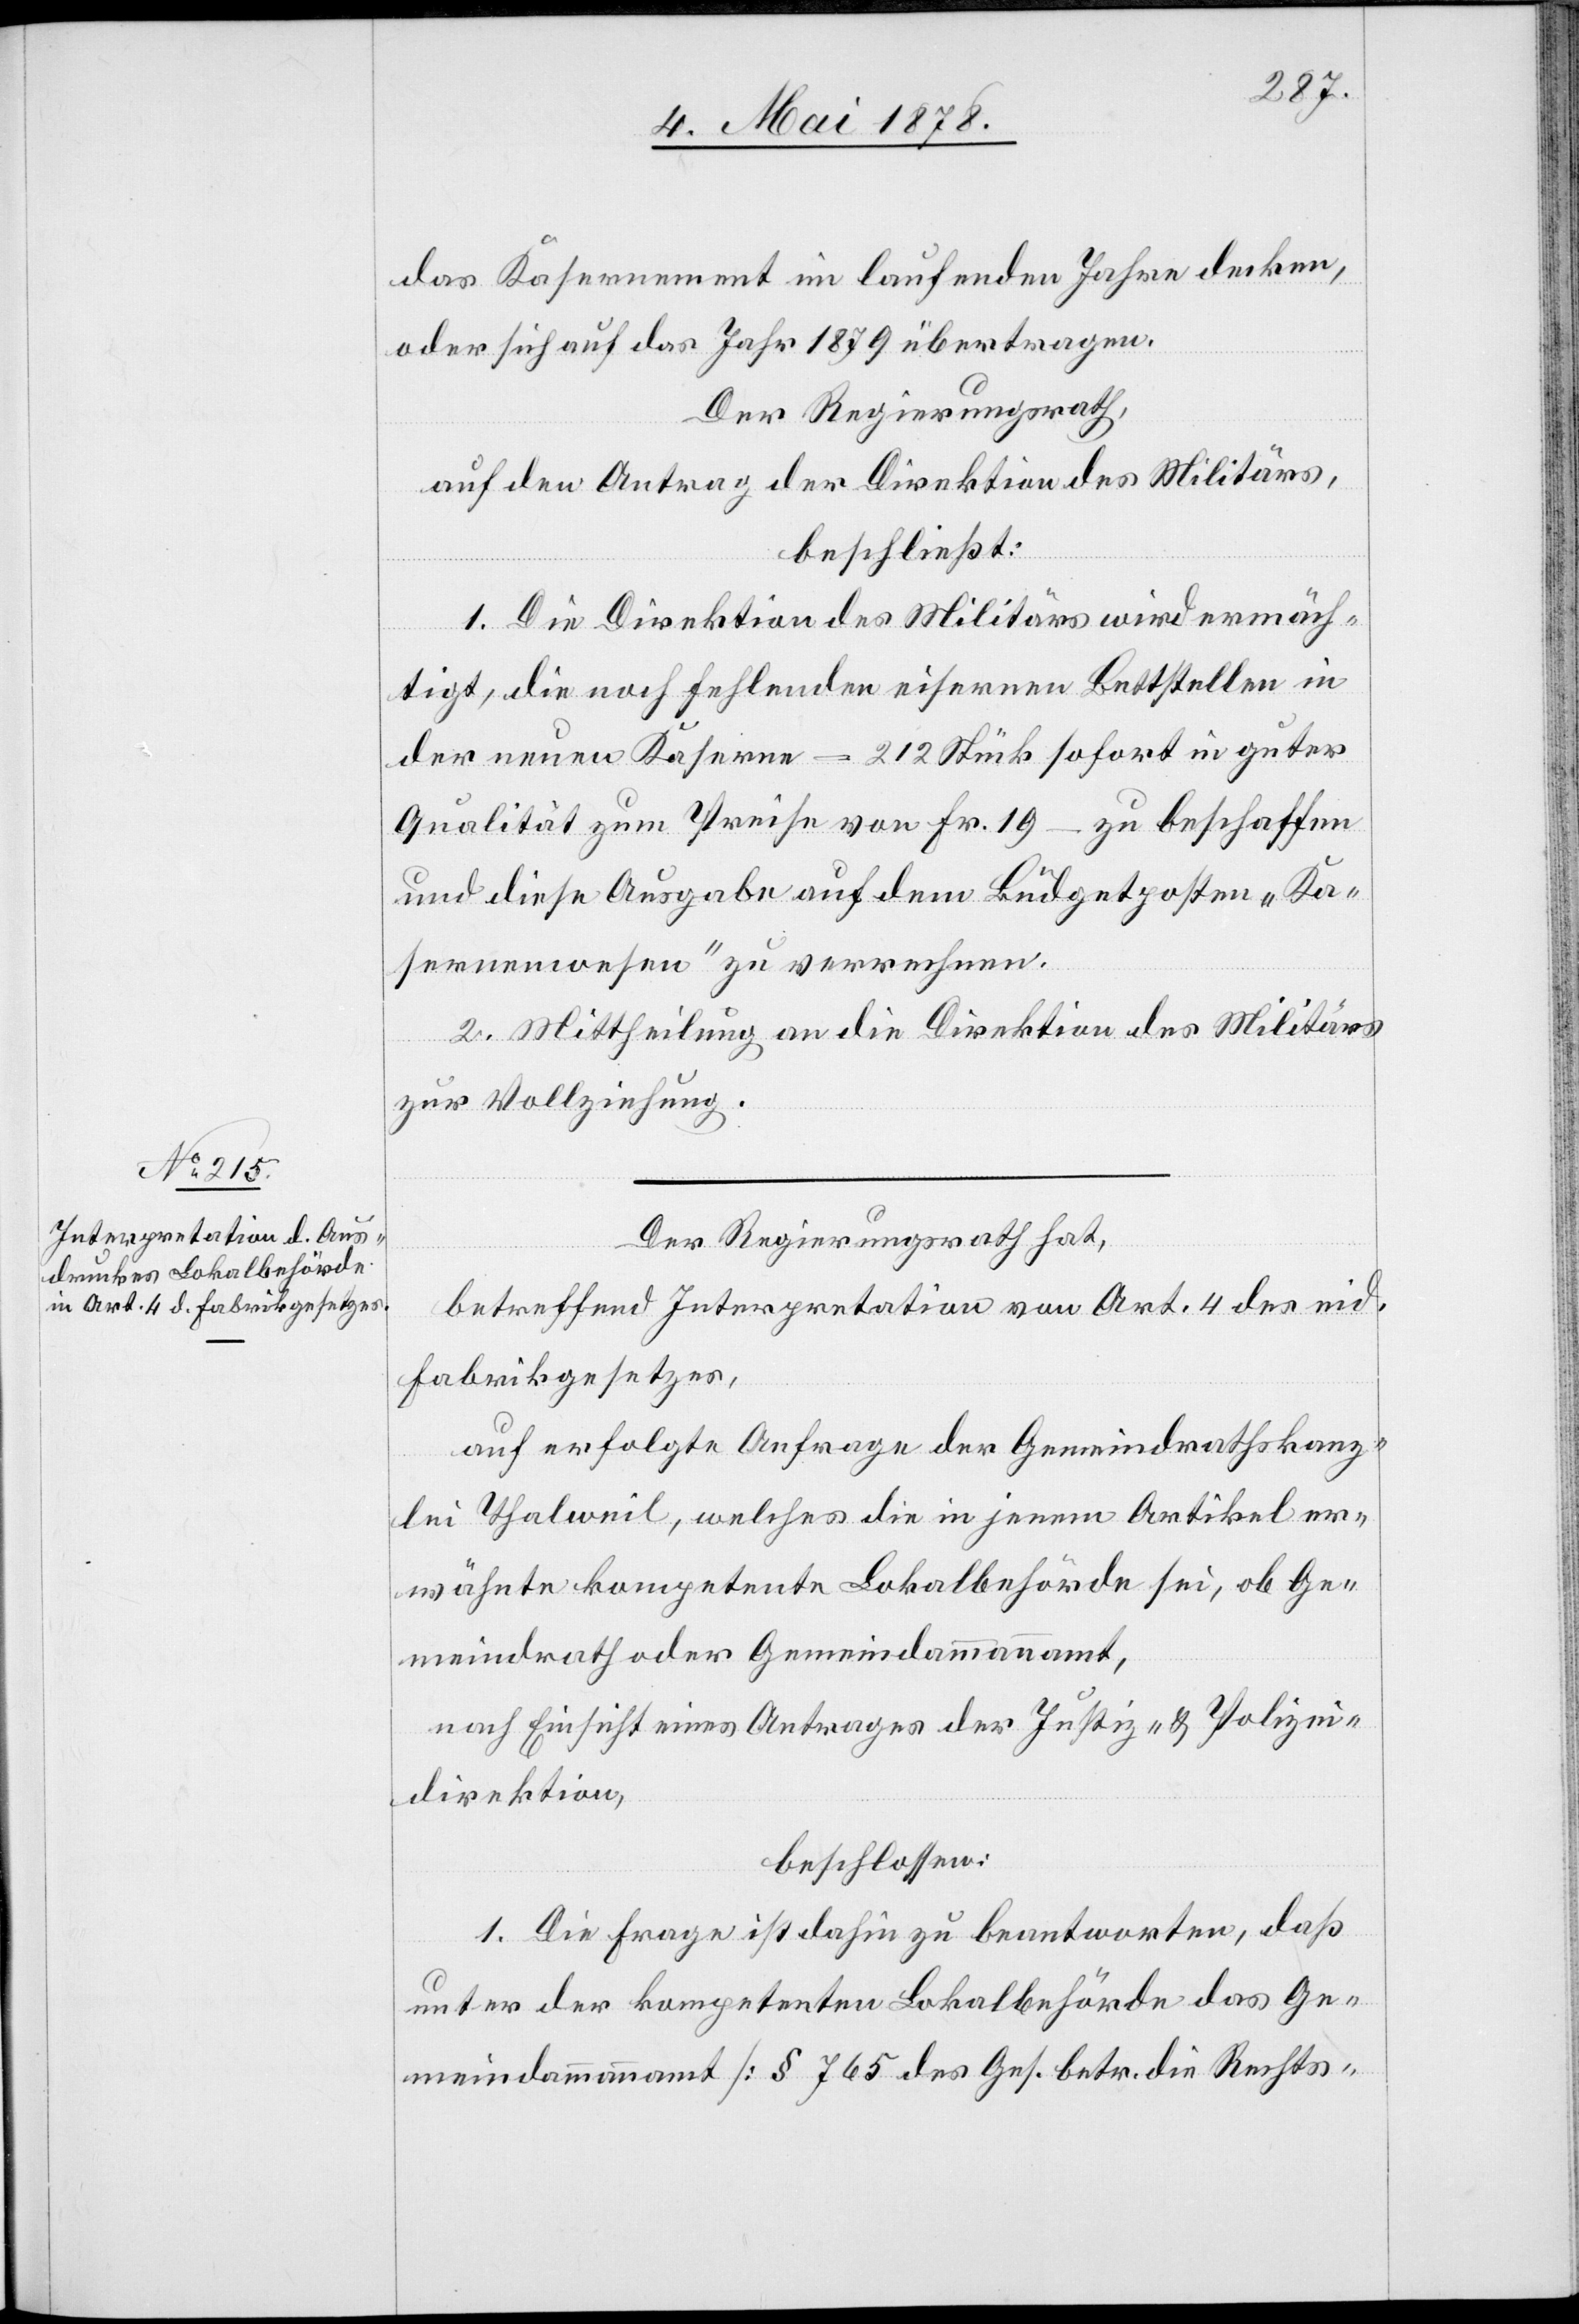
das Kasernement im laufenden Jahre decken,
oder sich auf das Jahr 1879 übertragen.
Der Regierungsrath,
auf den Antrag der Direktion des Militärs,
beschließt:
1. Die Direktion des Militärs wird ermäch¬
tigt, die noch fehlenden eisernen Bettstellen in
der neuen Kaserne – 212 Stück sofort in guter
Qualität zum Preise von Fr. 19 – zu beschaffen
und diese Ausgabe auf dem Büdgetposten „Ka¬
sernenwesen“ zu verrechnen.
2. Mittheilung an die Direktion des Militärs
zur Vollziehung.
Der Regierungsrath hat,
betreffend Interpretation von Art. 4 des eid.
Fabrikgesetzes,
auf erfolgte Anfrage der Gemeindrathskanz¬
lei Thalweil, welches die in jenem Artikel er¬
wähnte kompetente Lokalbehörde sei, ob Ge¬
meindrath oder Gemeindammanamt,
nach Einsicht eines Antrages der Justiz- & Polizei¬
direktion,
beschlossen:
1. Die Frage ist dahin zu beantworten, daß
unter der kompetenten Lokalbehörde das Ge¬
meindeammannamt [§ 765 des Ges. betr. die Rechts-